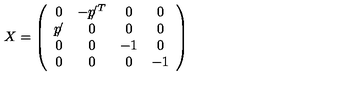
X = \left( \begin{array} { c c c c } { 0 } & { - p \! \! / ^ { T } } & { 0 } & { 0 } \\ { p \! \! / } & { 0 } & { 0 } & { 0 } \\ { 0 } & { 0 } & { - 1 } & { 0 } \\ { 0 } & { 0 } & { 0 } & { - 1 } \\ \end{array} \right)